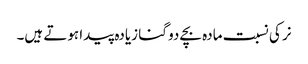
نر کی نسبت مادہ بچے دو گنا زیادہ پیدا ہوتے ہیں۔